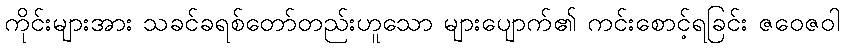
ကိုင်းများအား သခင်ခရစ်တော်တည်းဟူသော များပျောက်၏ ကင်းစောင့်ရခြင်း ဇဝေဇဝါ